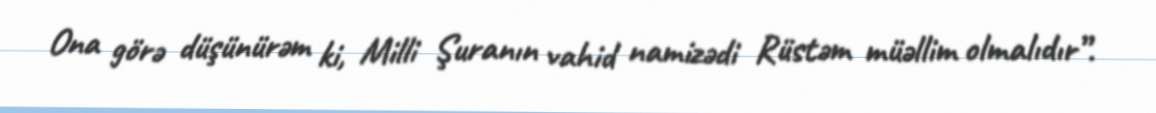
Ona görə düşünürəm ki, Milli Şuranın vahid namizədi Rüstəm müəllim olmalıdır”.